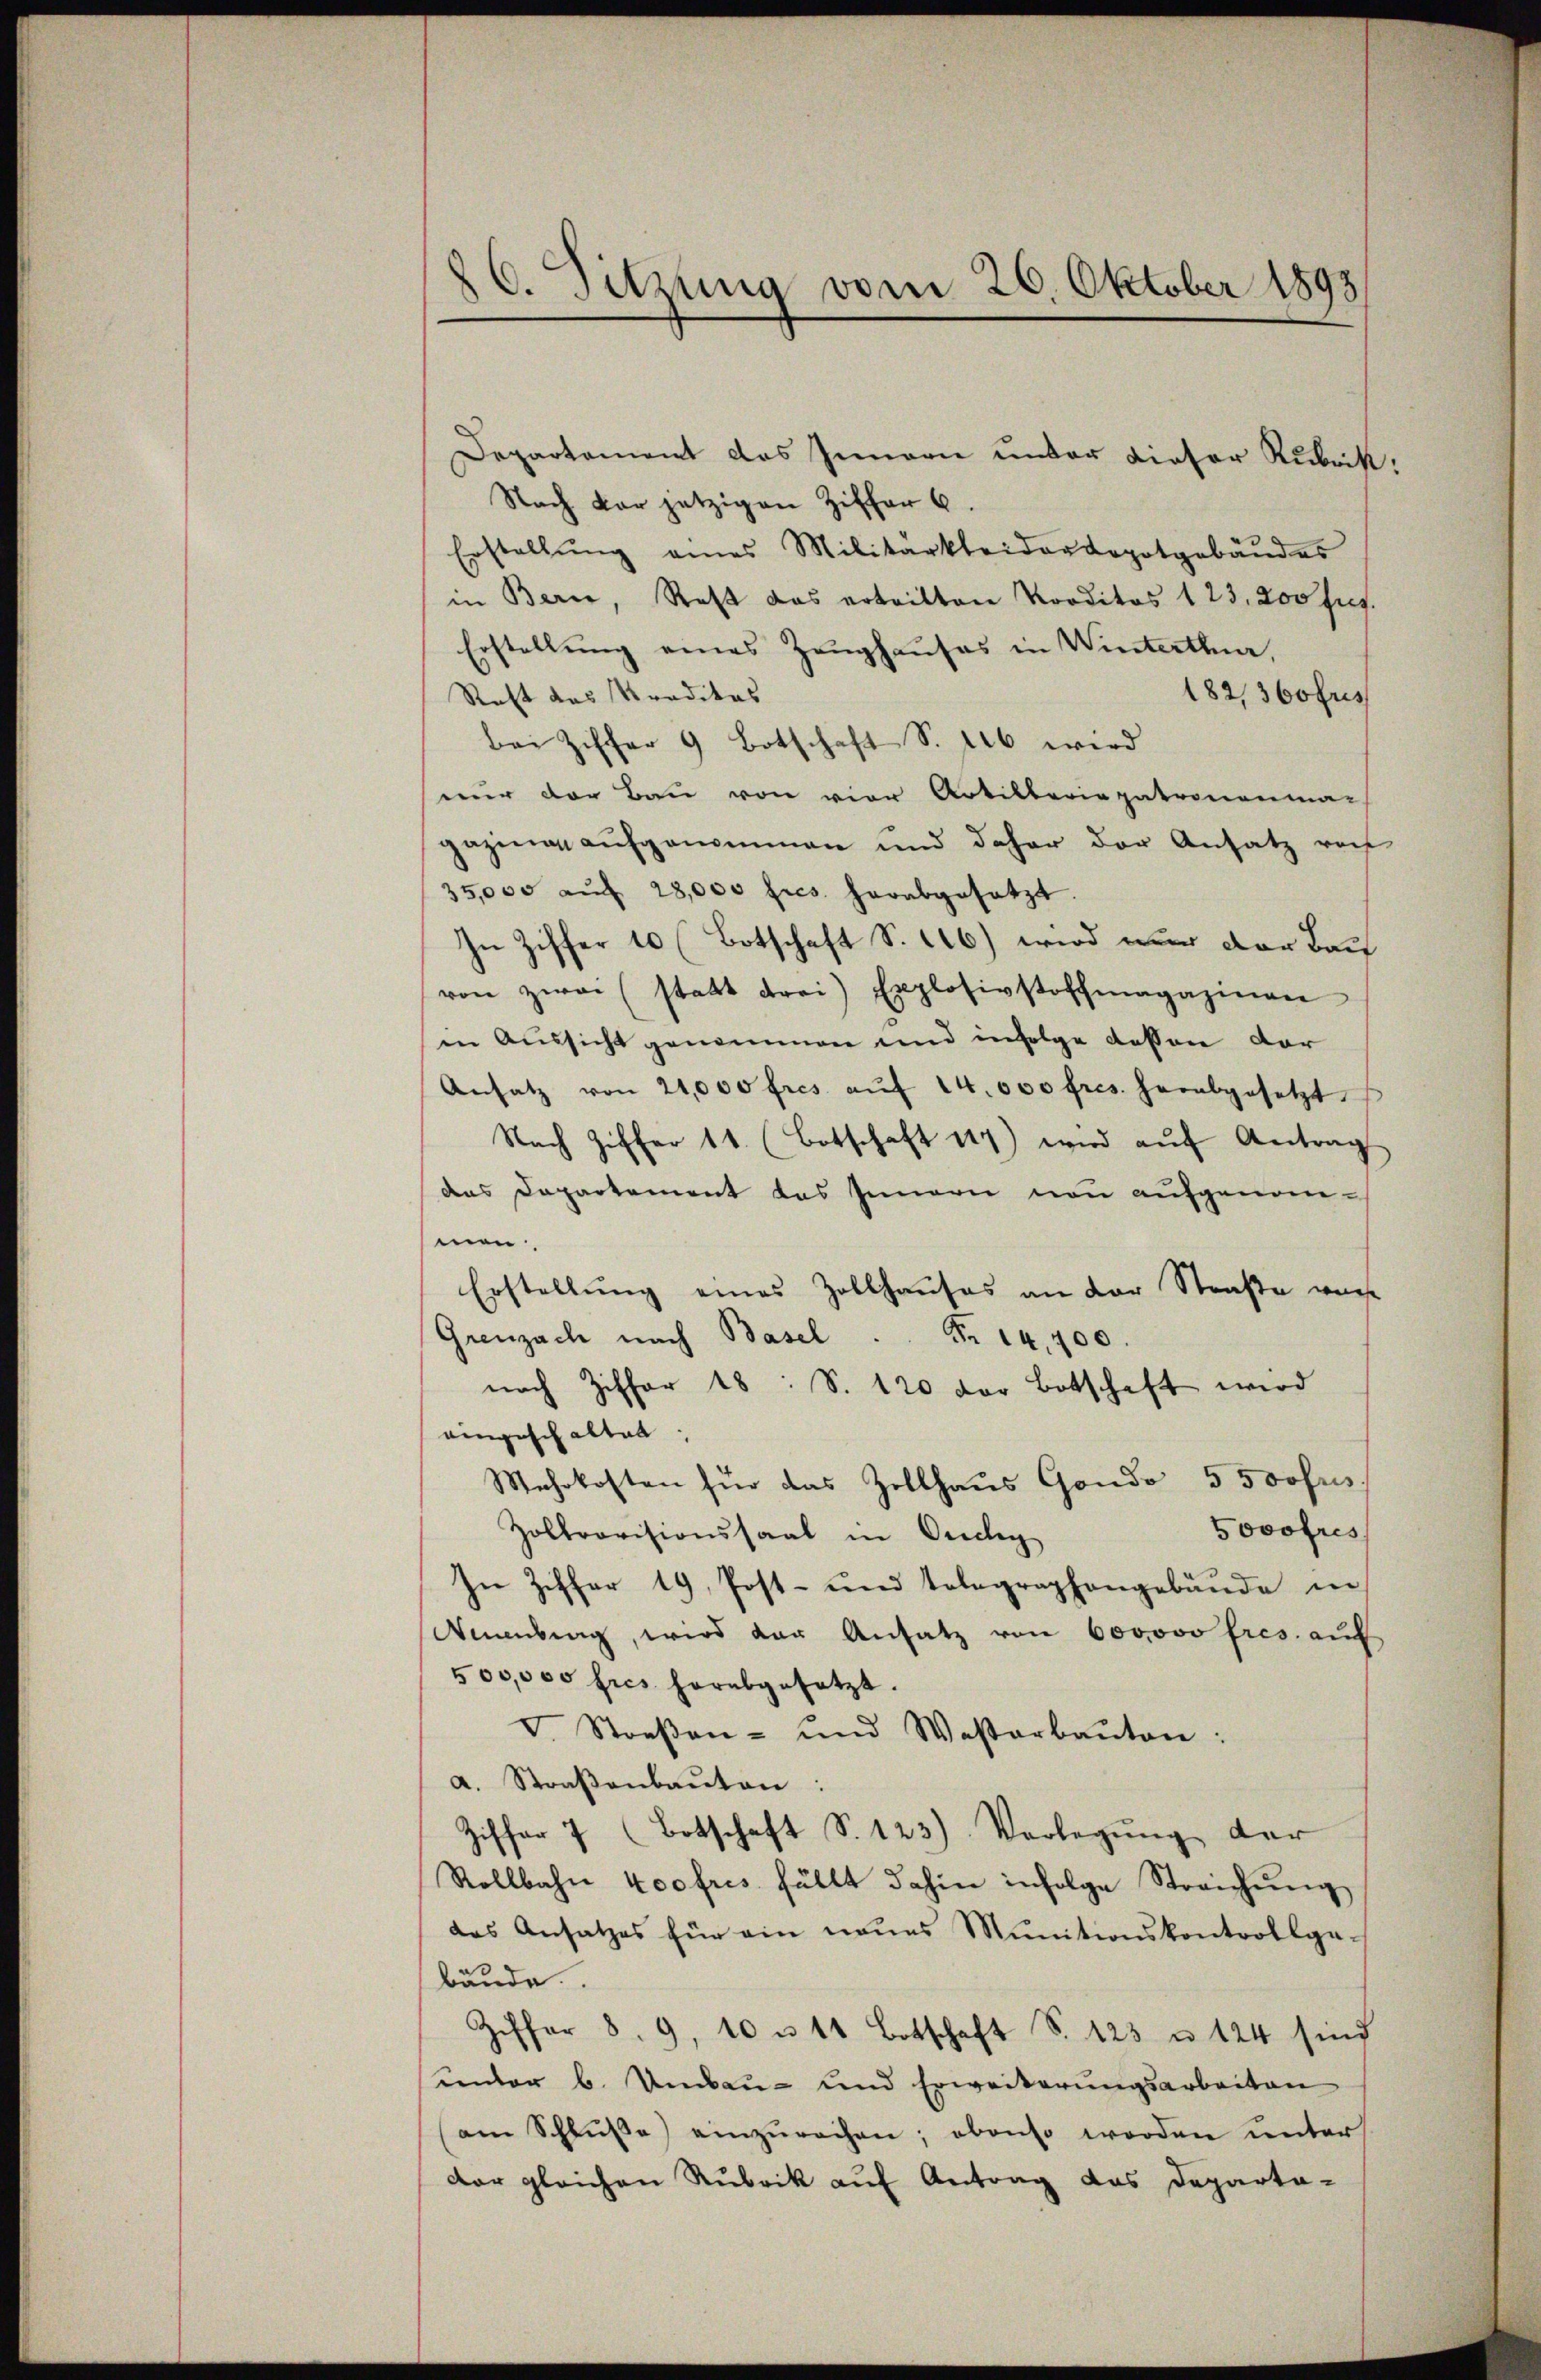
86. Sitzung vom 26. Oktober 1893

Departement das Innern unter dieser Rubrik:
Nach der jetzigen Ziffer 6.
Erstellŭng eines Militärkleider dopotgebäŭdes
in Bern, Rest das ertritten Vorditos 1 23, 200 frs.
Erstellung eines Zeughauses in Winterthur
182, 360 frs
Raht das Kreditas
bei Ziffer 9 Botschaft S. 116 wird
nur der Bau von vier Artillaria patronenmar
gazing aufgenommen und daher der Ansatz von
35,000 aŭf 28,000 frs. herabgesetzt.
In Ziffer 10 (Botschaft S. 16) wird nur der Bau
von zwai (statt drei Explosivstoffmagazinen
in Aussicht genommen und infolge dessen dar
Ansatz von 24,000 fres aŭf 14 000 fres. herabgesetzt
Nach Ziffer 11. (Botschaft 117) wird aŭf Antrag
das Departement das Innern non aufgenommen.
Erstellung eines Zollhauses an der Straße wur
Greuzach nach Basel  ..  Fr. 14,700
nach Ziffer 18: S. 120 der Botschaft wird
eingeschalten,
Mehrkosten für das Zollhaus Gondo 5 500fris
5ovofres
Zolkrovisionssaal in Orellig
In Ziffer 19, Post- und tolegraphangebäude in
Neuenburg, wird der Ansatz von 600000 fres. auf
500,000 fres herabgesetzt.
V. Straβen- und Waßerbaŭten:
a. Straβenbaŭten:
Ziffer 7 (Botschaft S. 123) Verlegŭng der
Rollbahn koofres fällt dahin infolge Streichŭng
das Ansatzes für ein neues Munitionskontrollga-
bäŭde.
Ziffer 8. 9, 10 u 11 Botschaft S. 123 u. 124 sind
under 6. Umbau- und Erweiterungsarbeiten
am Schlŭβe) einzŭrechen, obenso werden unter
dar gleichen Rubrik auf Antrag das Departa-